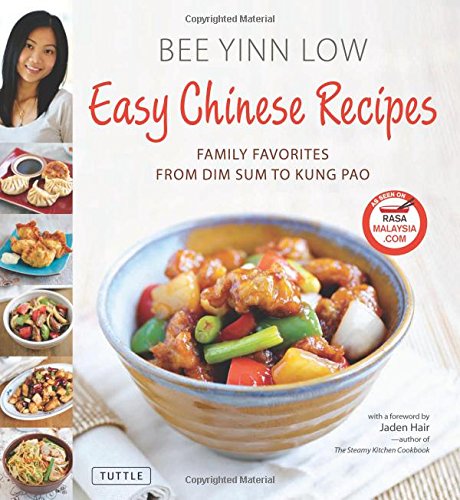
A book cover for Easy Chinese Recipes: Family Favorites From Dim Sum to Kung Pao; Bee Yinn Low; Cookbooks, Food & Wine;